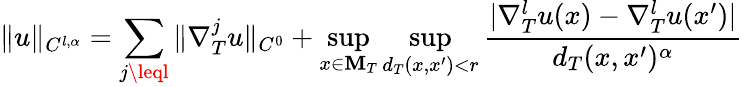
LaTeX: \| u\| _{C^{l,\alpha}}=\sum_{j\leql}\| \nabla_{T}^{j}u\| _{C^{0}}+\operatorname*{sup}_{x\in\mathbf{M}_{T}}\operatorname*{sup}_{d_{T}(x,x^{\prime})<r}\frac{{|\nabla_{T}^{l}u(x)-\nabla_{T}^{l}u(x^{\prime})|}}{{d_{T}(x,x^{\prime})^{\alpha}}}